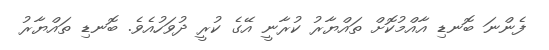
ފެންނަ ބޮނޑި އާއްމުކޮށް ތައްޔާރު ކުރާނީ އޭގެ ކުރީ ދުވަހުއެވެ. ބޮނޑި ތައްޔާރު